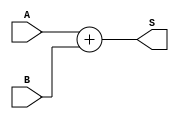
`timescale 1ns / 1ps
//////////////////////////////////////////////////////////////////////////////////
// Company: 
// Engineer: 
// 
// Design Name: 
// Module Name: Addition
// Project Name: 
// Target Devices: 
// Tool Versions: 
// Description: 
// 
// Dependencies: 
// 
// Revision:
// Revision 0.01 - File Created
// Additional Comments:
// 
//////////////////////////////////////////////////////////////////////////////////


module Addition(
input [6:0] A,B,
output [7:0] S
    );
assign S=A+B;
endmodule